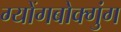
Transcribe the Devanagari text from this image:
ग्योंगबोक्गुंग